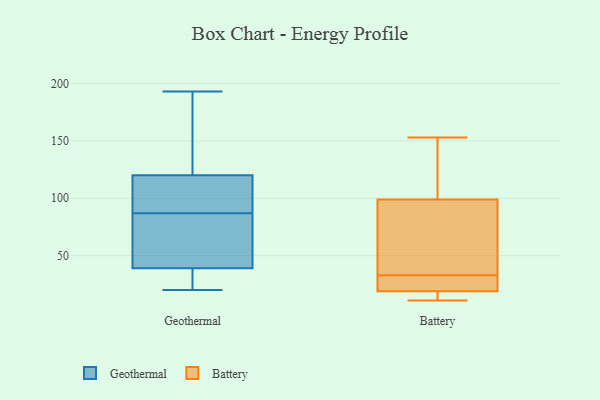
{"axis": {"x": "Temperature (°C)", "y": "Value"}, "legend": ["Battery", "Geothermal"], "data": [{"x": "", "y": 87, "type": "Geothermal"}, {"x": "", "y": 47, "type": "Geothermal"}, {"x": "", "y": 129, "type": "Geothermal"}, {"x": "", "y": 117, "type": "Geothermal"}, {"x": "", "y": 159, "type": "Geothermal"}, {"x": "", "y": 40, "type": "Geothermal"}, {"x": "", "y": 36, "type": "Geothermal"}, {"x": "", "y": 193, "type": "Geothermal"}, {"x": "", "y": 34, "type": "Geothermal"}, {"x": "", "y": 20, "type": "Geothermal"}, {"x": "", "y": 87, "type": "Geothermal"}, {"x": "", "y": 62, "type": "Geothermal"}, {"x": "", "y": 88, "type": "Geothermal"}, {"x": "", "y": 18, "type": "Battery"}, {"x": "", "y": 27, "type": "Battery"}, {"x": "", "y": 39, "type": "Battery"}, {"x": "", "y": 12, "type": "Battery"}, {"x": "", "y": 19, "type": "Battery"}, {"x": "", "y": 19, "type": "Battery"}, {"x": "", "y": 93, "type": "Battery"}, {"x": "", "y": 112, "type": "Battery"}, {"x": "", "y": 19, "type": "Battery"}, {"x": "", "y": 56, "type": "Battery"}, {"x": "", "y": 99, "type": "Battery"}, {"x": "", "y": 153, "type": "Battery"}, {"x": "", "y": 11, "type": "Battery"}, {"x": "", "y": 122, "type": "Battery"}]}